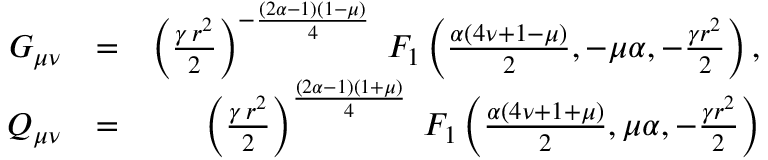
\begin{array} { r l r } { G _ { \mu \nu } } & { = } & { \left( { \frac { \gamma \, r ^ { 2 } } { 2 } } \right) ^ { - \frac { ( 2 \alpha - 1 ) ( 1 - \mu ) } { 4 } } \; F _ { 1 } \left( \frac { \alpha ( 4 \nu + 1 - \mu ) } { 2 } , - \mu \alpha , - \frac { \gamma r ^ { 2 } } { 2 } \right) , } \\ { Q _ { \mu \nu } } & { = } & { \left( { \frac { \gamma \, r ^ { 2 } } { 2 } } \right) ^ { \frac { ( 2 \alpha - 1 ) ( 1 + \mu ) } { 4 } } \; F _ { 1 } \left( \frac { \alpha ( 4 \nu + 1 + \mu ) } { 2 } , \mu \alpha , - \frac { \gamma r ^ { 2 } } { 2 } \right) } \end{array}